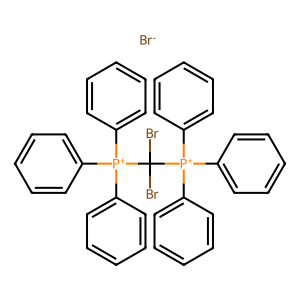
SMILES: BrC(Br)([P+](c1ccccc1)(c1ccccc1)c1ccccc1)[P+](c1ccccc1)(c1ccccc1)c1ccccc1.[Br-]
Inhibits HIV replication: No